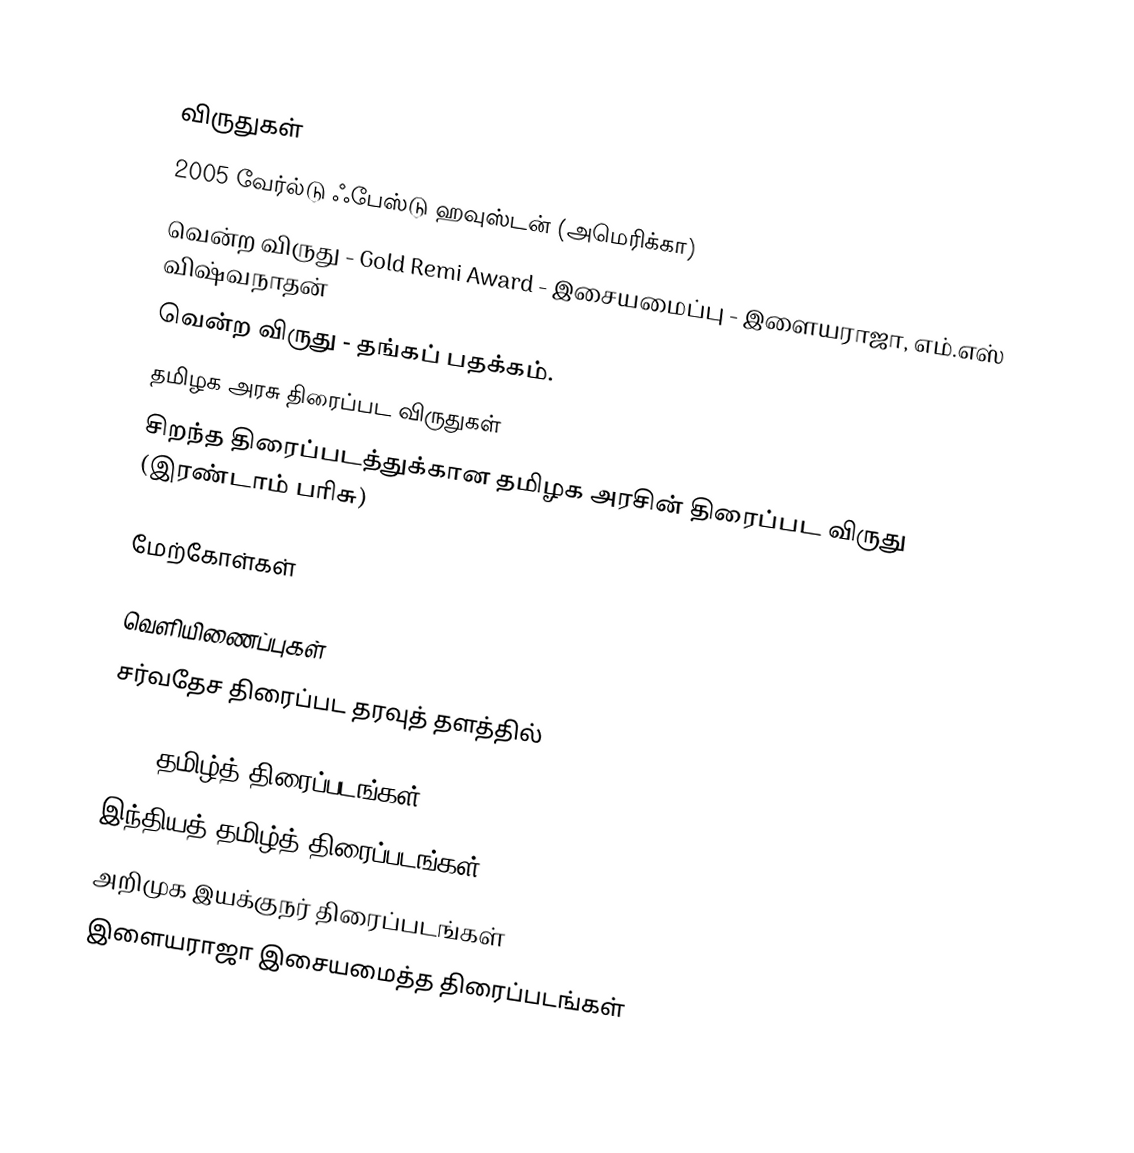

விருதுகள்
2005 வேர்ல்டு ஃபேஸ்டு ஹவுஸ்டன் (அமெரிக்கா)
 வென்ற விருது - Gold Remi Award - இசையமைப்பு - இளையராஜா, எம்.எஸ் விஷ்வநாதன்
 வென்ற விருது - தங்கப் பதக்கம்.
தமிழக அரசு திரைப்பட விருதுகள்
 சிறந்த திரைப்படத்துக்கான தமிழக அரசின் திரைப்பட விருது (இரண்டாம் பரிசு)

மேற்கோள்கள்

வெளியிணைப்புகள்
சர்வதேச திரைப்பட தரவுத் தளத்தில்

2004 தமிழ்த் திரைப்படங்கள்
இந்தியத் தமிழ்த் திரைப்படங்கள்
அறிமுக இயக்குநர் திரைப்படங்கள்
இளையராஜா இசையமைத்த திரைப்படங்கள்